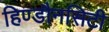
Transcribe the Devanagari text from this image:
हिण्डौनसिटी